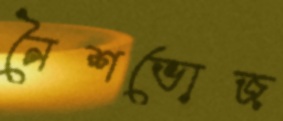
নৈশভোজ